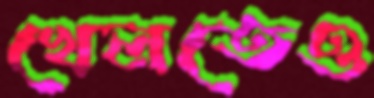
খেলতেও